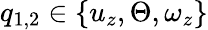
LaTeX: q_{1,2}\in\{ u_{z},\Theta,\omega_{z}\}